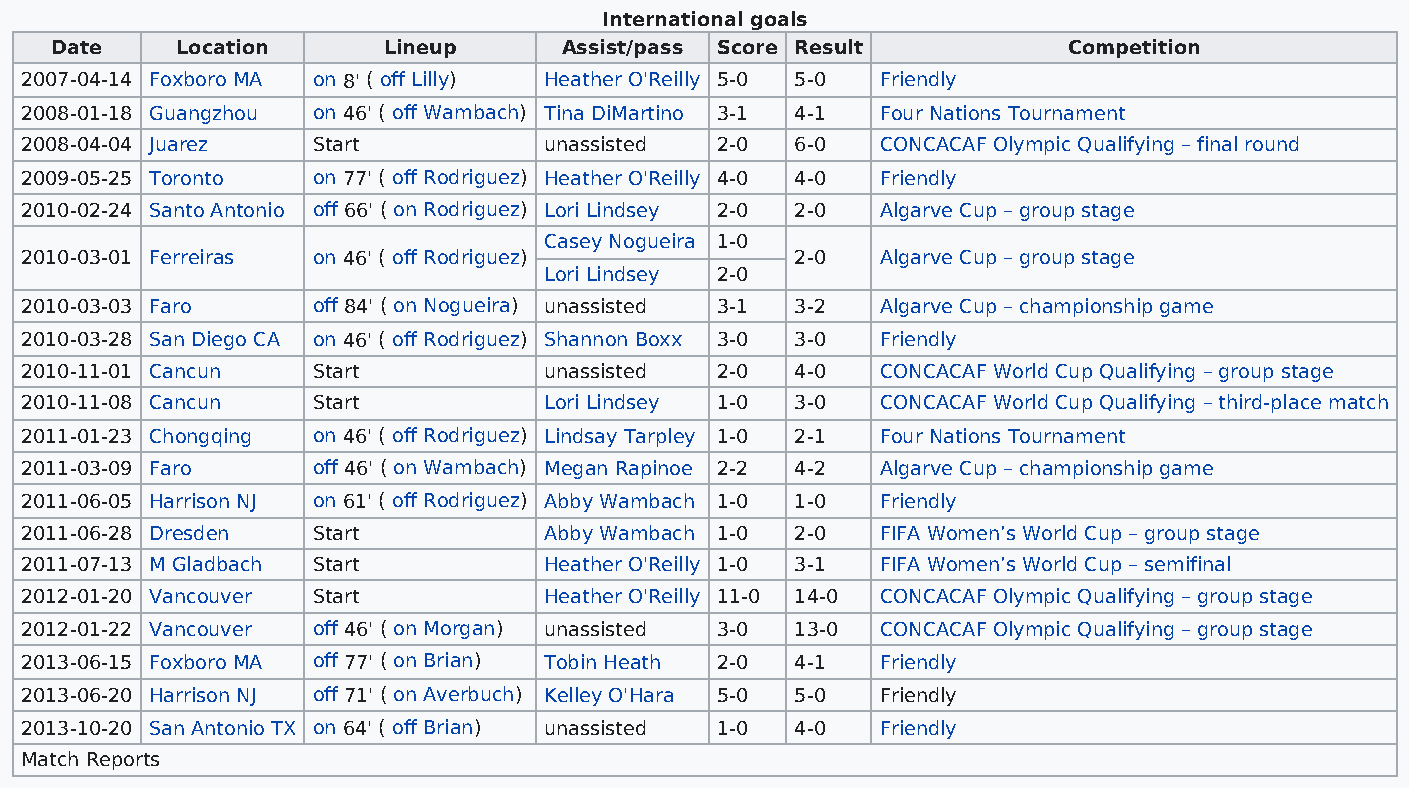
International goals
 Date     Location     Lineup      Assist/pass Score Result          Competition
 2007-04-14 Foxboro MA on 8' ( off Lilly) Heather O'Reilly 5-0 5-0 Friendly
 2008-01-18 Guangzhou on 46' ( off Wambach) Tina DiMartino 3-1 4-1 Four Nations Tournament
 2008-04-04 Juarez   Start          unassisted 2-0   6-0  CONCACAF Olympic Qualifying – final round
 2009-05-25 Toronto  on 77' ( off Rodriguez) Heather O'Reilly 4-0 4-0 Friendly
 2010-02-24 Santo Antonio off 66' ( on Rodriguez) Lori Lindsey 2-0 2-0 Algarve Cup – group stage
 Casey Nogueira 1-0
 2010-03-01 Ferreiras on 46' ( off Rodriguez)        2-0  Algarve Cup – group stage
 Lori Lindsey 2-0
 2010-03-03 Faro     off 84' ( on Nogueira) unassisted 3-1 3-2 Algarve Cup – championship game
 2010-03-28 San Diego CA on 46' ( off Rodriguez) Shannon Boxx 3-0 3-0 Friendly
 2010-11-01 Cancun   Start          unassisted 2-0   4-0  CONCACAF World Cup Qualifying – group stage
 2010-11-08 Cancun   Start          Lori Lindsey 1-0 3-0  CONCACAF World Cup Qualifying – third-place match
 2011-01-23 Chongqing on 46' ( off Rodriguez) Lindsay Tarpley 1-0 2-1 Four Nations Tournament
 2011-03-09 Faro     off 46' ( on Wambach) Megan Rapinoe 2-2 4-2 Algarve Cup – championship game
 2011-06-05 Harrison NJ on 61' ( off Rodriguez) Abby Wambach 1-0 1-0 Friendly
 2011-06-28 Dresden  Start          Abby Wambach 1-0 2-0  FIFA Women’s World Cup – group stage
 2011-07-13 M Gladbach Start        Heather O'Reilly 1-0 3-1 FIFA Women’s World Cup – semifinal
 2012-01-20 Vancouver Start         Heather O'Reilly 11-0 14-0 CONCACAF Olympic Qualifying – group stage
 2012-01-22 Vancouver off 46' ( on Morgan) unassisted 3-0 13-0 CONCACAF Olympic Qualifying – group stage
 2013-06-15 Foxboro MA off 77' ( on Brian) Tobin Heath 2-0 4-1 Friendly
 2013-06-20 Harrison NJ off 71' ( on Averbuch) Kelley O'Hara 5-0 5-0 Friendly
 2013-10-20 San Antonio TX on 64' ( off Brian) unassisted 1-0 4-0 Friendly
 Match Reports